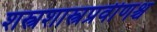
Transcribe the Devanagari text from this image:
शस्त्रशास्त्रप्रवीणश्च